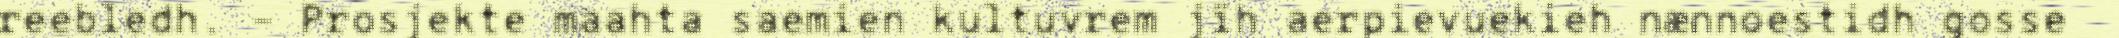
reebledh. – Prosjekte maahta saemien kultuvrem jïh aerpievuekieh nænnoestidh gosse